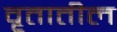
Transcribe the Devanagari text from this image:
वृतातील